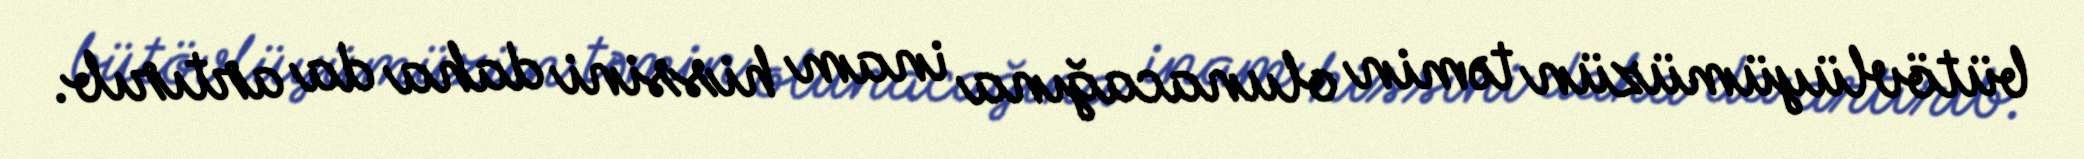
bütövlüyümüzün təmin olunacağına inam hissini daha da artırıb.